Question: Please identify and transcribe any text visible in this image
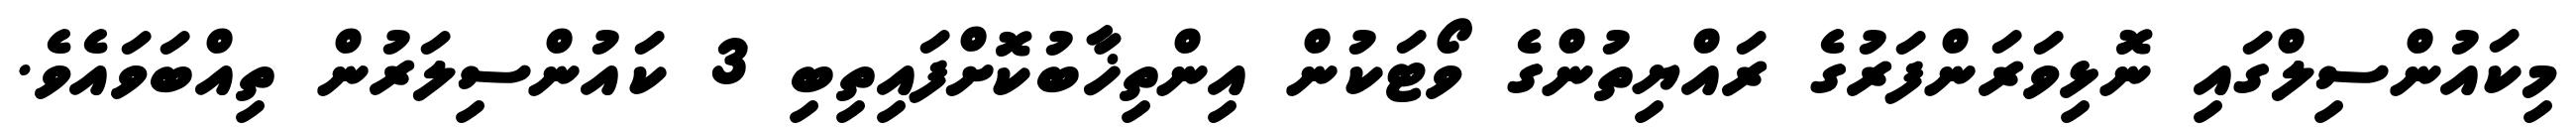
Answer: މިކައުންސިލްގައި ނޮޅިވަރަންފަރުގެ ރައްޔިތުންގެ ވޯޓަކުން އިންތިޚާބުކޮށްފައިތިބި 3 ކައުންސިލަރުން ތިއްބަވައެވެ.